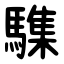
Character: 䮶